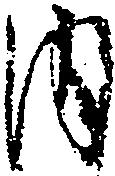
内